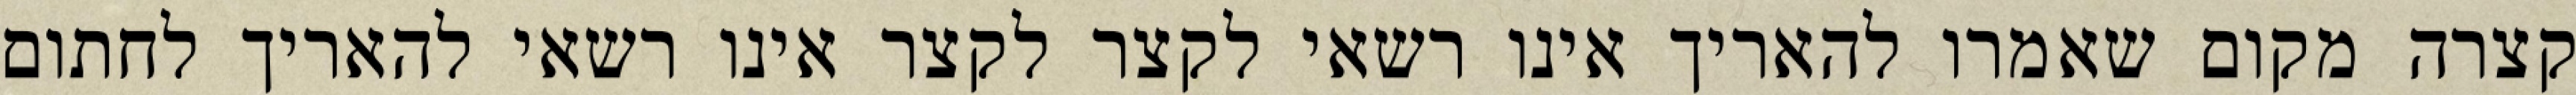
קצרה מקום שאמרו להאריך אינו רשאי לקצר לקצר אינו רשאי להאריך לחתום